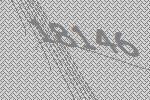
18146